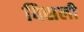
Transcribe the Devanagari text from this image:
विसली